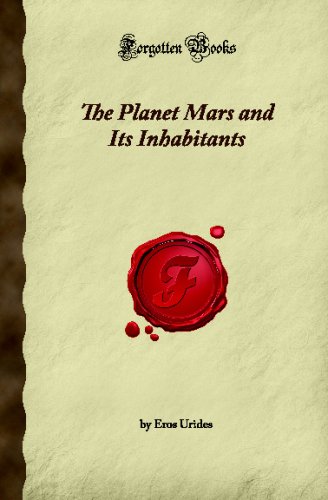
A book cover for The Planet Mars and Its Inhabitants (Forgotten Books); Eros Urides; Science & Math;